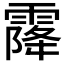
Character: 𩄐